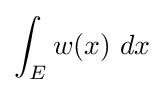
\int _{E}w(x)\ dx